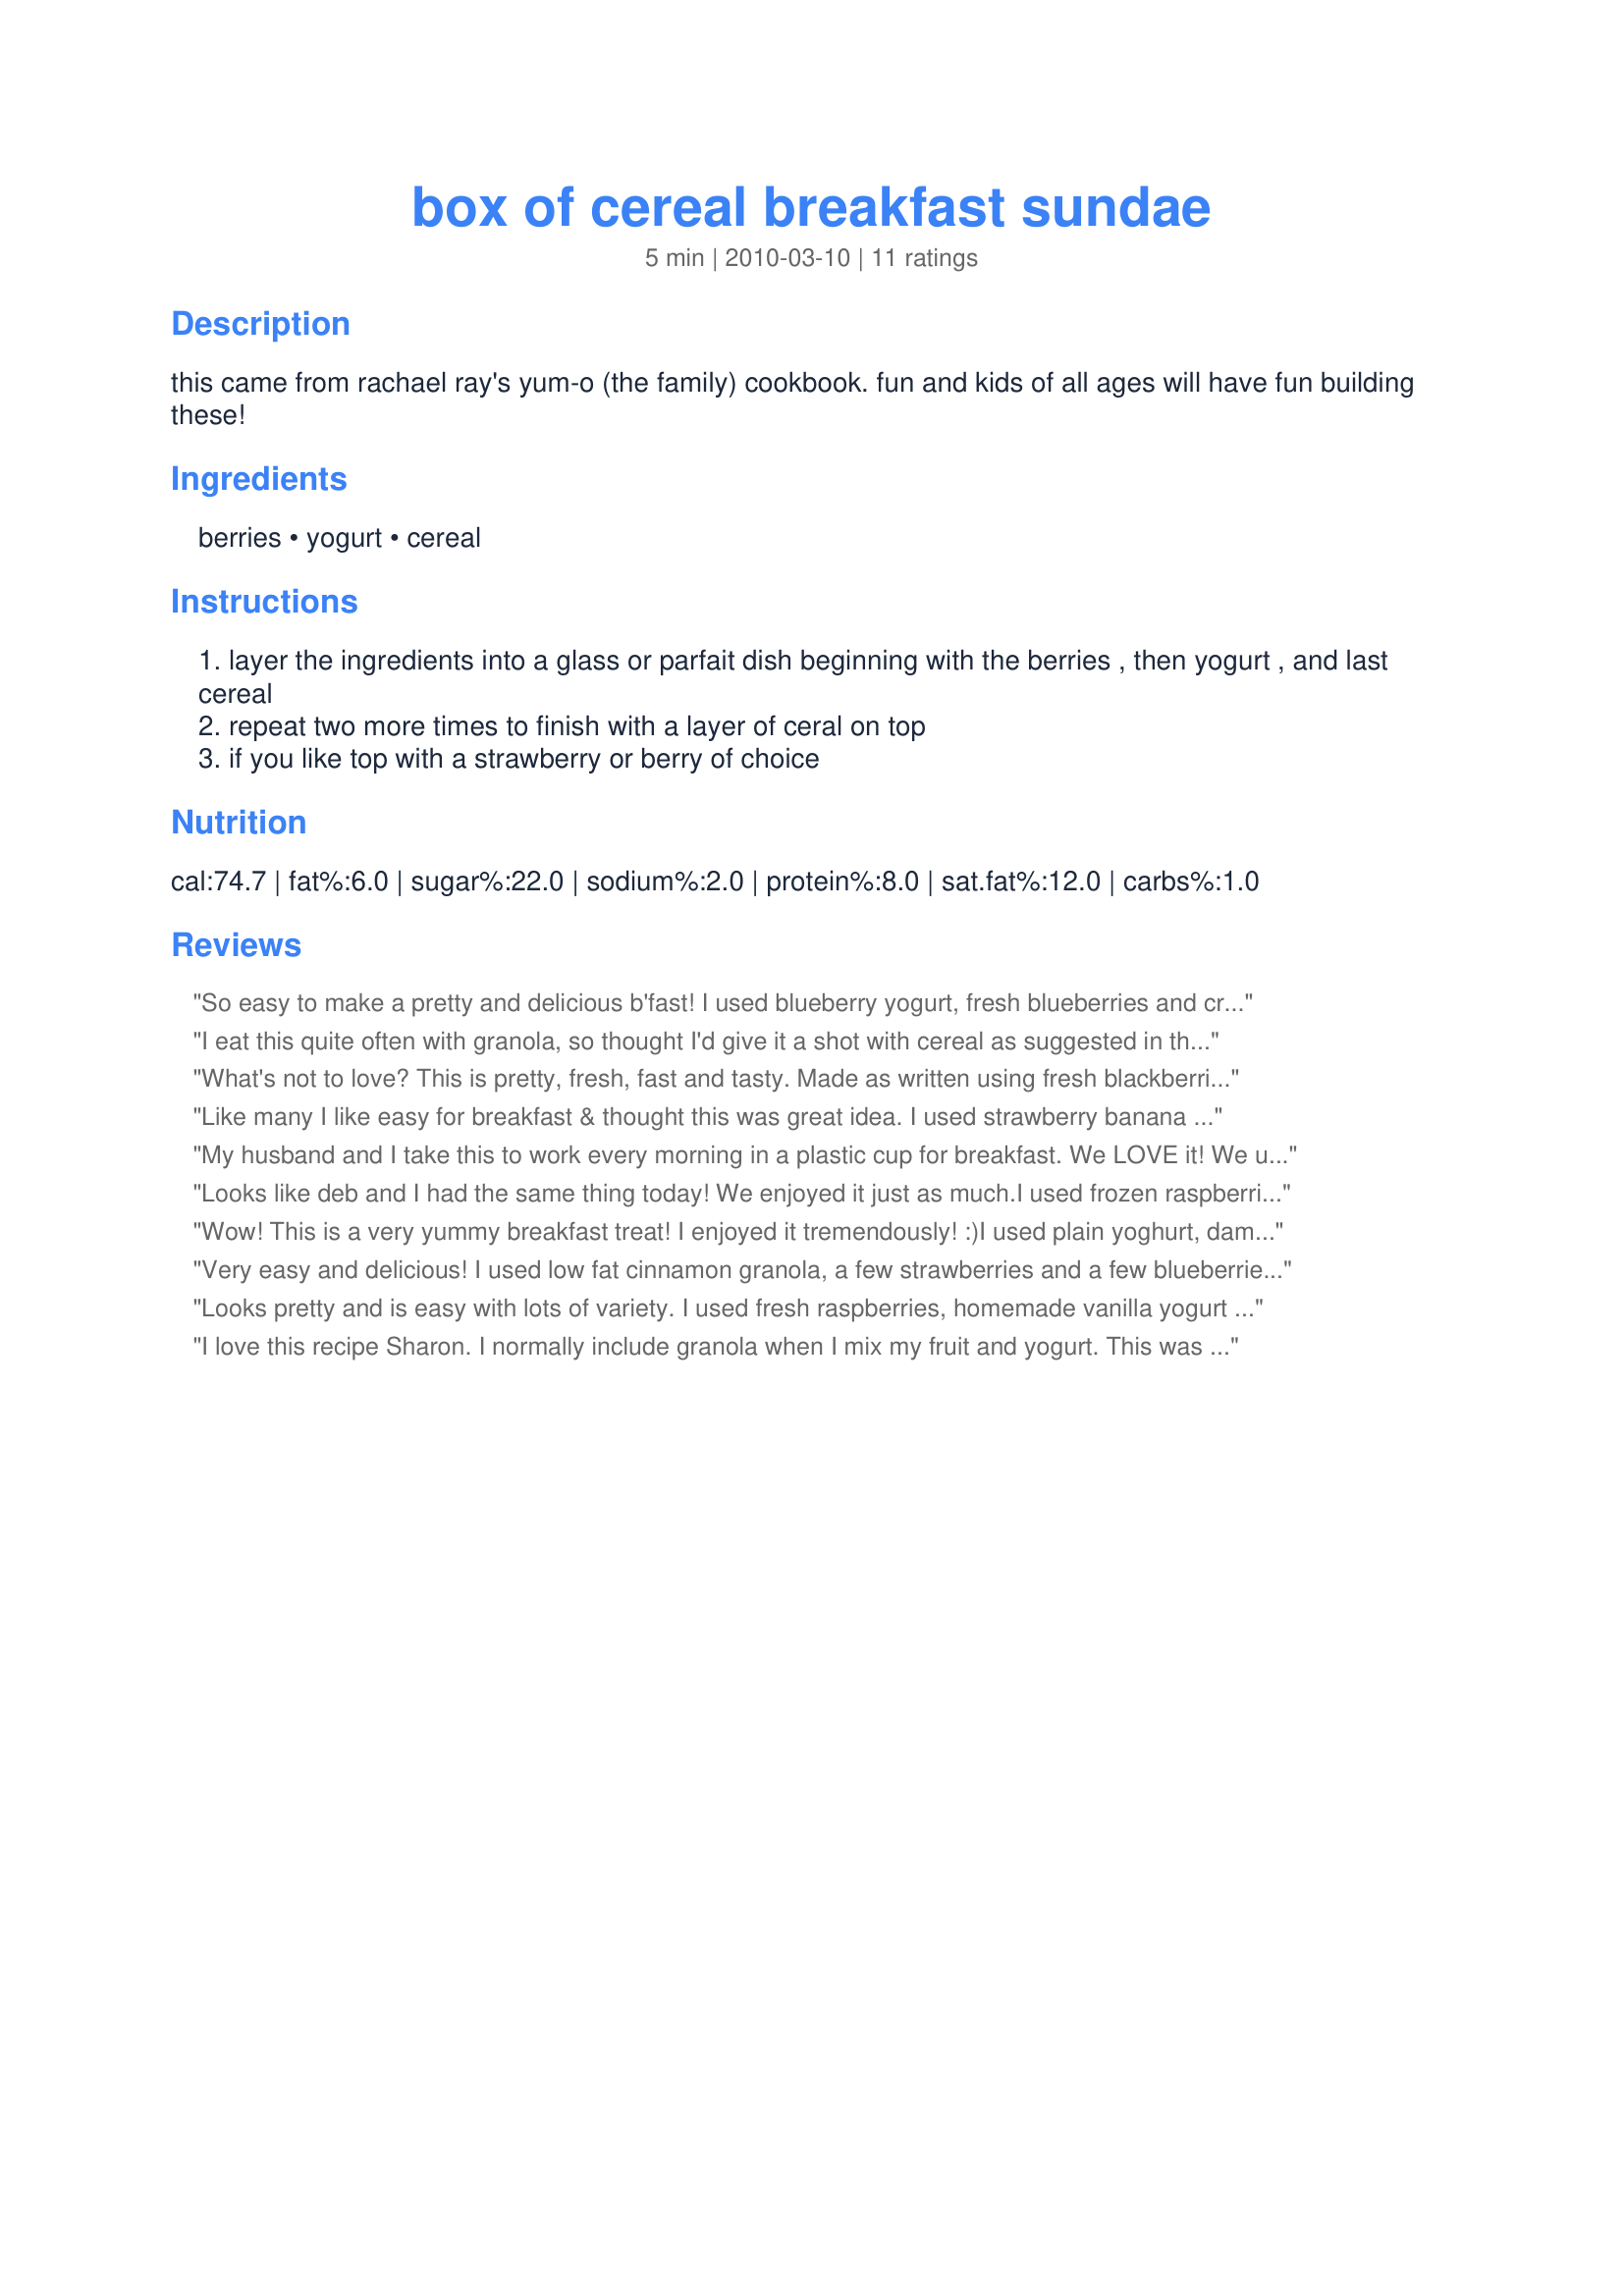
box of cereal breakfast sundae
Preparation time: 5 minutes

this came from rachael ray's yum-o (the family) cookbook. fun and kids of all ages will have fun building these!

Ingredients:
berries, yogurt, cereal

Steps:
layer the ingredients into a glass or parfait dish beginning with the berries , then yogurt , and last cereal
repeat two more times to finish with a layer of ceral on top
if you like top with a strawberry or berry of choice

Reviews:
So easy to make a pretty and delicious b'fast! I used blueberry yogurt, fresh blueberries and crispy rice cereal.....Will make this often, because it is so easy! Thnx for posting, Sharon. Made for KcK's Forum.
I eat this quite often with granola, so thought I'd give it a shot with cereal as suggested in this recipe. YUM. I used triple berry blend berries, low fat vanilla yogurt and raisin nut crunch for the cereal.. Thanks for posting! Made for I Recommend Tag Game.
What's not to love? This is pretty, fresh, fast and tasty. Made as written using fresh blackberries, Greek honey yogurt, and nutty granola. Thanks so much for the post.
Like many I like easy for breakfast & thought this was great idea. I used strawberry banana yogurt, fresh strawberries, & grapenuts this morning. I can let my grandson make his own on his next visit. Made to honor your husband.
My husband and I take this to work every morning in a plastic cup for breakfast. We LOVE it! We use Weight Watchers Vanilla Yogurt (just cause that is all our store had in a large tub in Vanilla), frozen blueberries, and Just Bunches cereal on top. Oh my gosh! It is so yummy! We look forward to breakfast, it keeps us satisfied and I feel like we are eating very healthy too. If you haven't tried Just Bunches on top........try it! It's great!! 
(to transport it to work.....we use red solo plastic cups with foil and a rubberband on top. We layer yogurt, berries and cereal the night before and with the cereal on top of the berries and away from the yogurt it stays crunchy until you eat it!)
Looks like deb and I had the same thing today! We enjoyed it just as much.I used frozen raspberries,homemade yogurt and cinnamon granola.It was a big hit with my kids.
Wow! This is a very yummy breakfast treat! I enjoyed it tremendously! :)<br/>I used plain yoghurt, damsons (a kind of plum) and crunchy oat cereal. Very good!<br/>I will definitely make this often again using different fruits and cereals.<br/>THANK YOU SO MUCH for sharing this keeper with us, Sharon!<br/>Made and reviewed during Aussie Swap #44 September 2010.
Very easy and delicious! I used low fat cinnamon granola, a few strawberries and a few blueberries as well. So much better than what you get at McDonalds! Thanks for posting!!! Made for the Cook-a-thon for Sharon123!!!
Looks pretty and is easy with lots of variety. I used fresh raspberries, homemade vanilla yogurt (Balkan yogurt, halal vanilla paste, creamed honey & brown sugar) & gluten free crispy chocolate rice cereal. Made for Veggie Swap 36 ~ July 2011.
I love this recipe Sharon. I normally include granola when I mix my fruit and yogurt. This was a welcome addition and one I'll use again and again for a variation. <br/>Made for Veggie Swap in KK's forum.~
I made this for dessert using a French vanilla yoghurt, strawberries and kiwi fruit and Special K, high 5&#039;s all round thank you Sharon123, made for Everyday A Holiday tag game.
